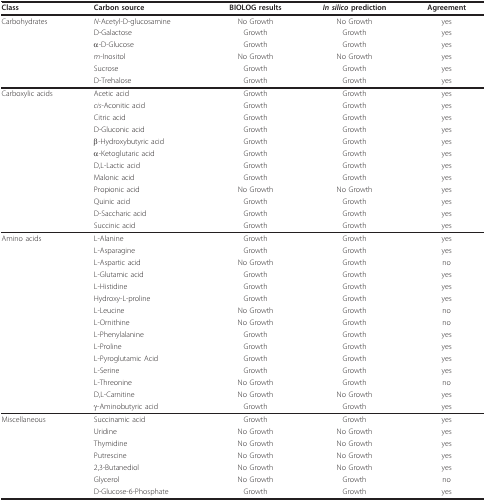
| Class | Carbon source | BIOLOG results | In silico prediction | Agreement |
 | --- | --- | --- | --- | --- |
 | Carbohydrates | N-Acetyl-D-glucosamine | No Growth | No Growth | yes |
 |  | D-Galactose | Growth | Growth | yes |
 |  | α-D-Glucose | Growth | Growth | yes |
 |  | m-Inositol | No Growth | No Growth | yes |
 |  | Sucrose | Growth | Growth | yes |
 |  | D-Trehalose | Growth | Growth | yes |
 | Carboxylic acids | Acetic acid | Growth | Growth | yes |
 |  | cis-Aconitic acid | Growth | Growth | yes |
 |  | Citric acid | Growth | Growth | yes |
 |  | D-Gluconic acid | Growth | Growth | yes |
 |  | β-Hydroxybutyric acid | Growth | Growth | yes |
 |  | α-Ketoglutaric acid | Growth | Growth | yes |
 |  | D,L-Lactic acid | Growth | Growth | yes |
 |  | Malonic acid | Growth | Growth | yes |
 |  | Propionic acid | No Growth | No Growth | yes |
 |  | Quinic acid | Growth | Growth | yes |
 |  | D-Saccharic acid | Growth | Growth | yes |
 |  | Succinic acid | Growth | Growth | yes |
 | Amino acids | L-Alanine | Growth | Growth | yes |
 |  | L-Asparagine | Growth | Growth | yes |
 |  | L-Aspartic acid | No Growth | Growth | no |
 |  | L-Glutamic acid | Growth | Growth | yes |
 |  | L-Histidine | Growth | Growth | yes |
 |  | Hydroxy-L-proline | Growth | Growth | yes |
 |  | L-Leucine | No Growth | Growth | no |
 |  | L-Ornithine | No Growth | Growth | no |
 |  | L-Phenylalanine | Growth | Growth | yes |
 |  | L-Proline | Growth | Growth | yes |
 |  | L-Pyroglutamic Acid | Growth | Growth | yes |
 |  | L-Serine | Growth | Growth | yes |
 |  | L-Threonine | No Growth | Growth | no |
 |  | D,L-Carnitine | No Growth | No Growth | yes |
 |  | γ-Aminobutyric acid | Growth | Growth | yes |
 | Miscellaneous | Succinamic acid | Growth | Growth | yes |
 |  | Uridine | No Growth | No Growth | yes |
 |  | Thymidine | No Growth | No Growth | yes |
 |  | Putrescine | No Growth | No Growth | yes |
 |  | 2,3-Butanediol | No Growth | No Growth | yes |
 |  | Glycerol | No Growth | Growth | no |
 |  | D-Glucose-6-Phosphate | Growth | Growth | yes |